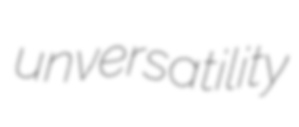
unversatility